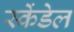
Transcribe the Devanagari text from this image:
स्केंडेल